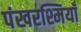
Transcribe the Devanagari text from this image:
पंखरश्मियाँ